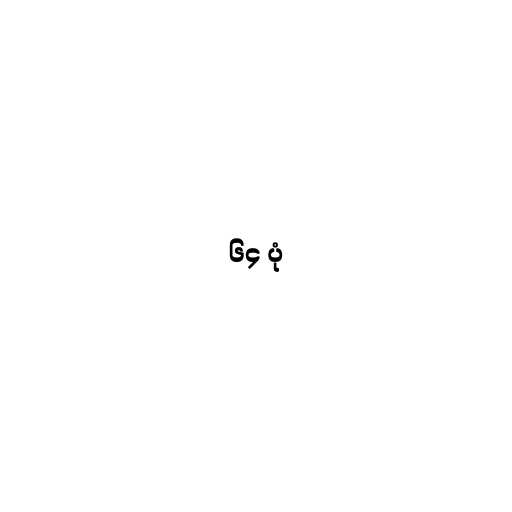
၆၄ ပုံ